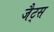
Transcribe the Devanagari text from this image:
जैट्स